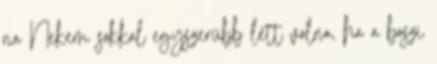
na Nekem sokkal egyszerűbb lett volna, ha a boszi